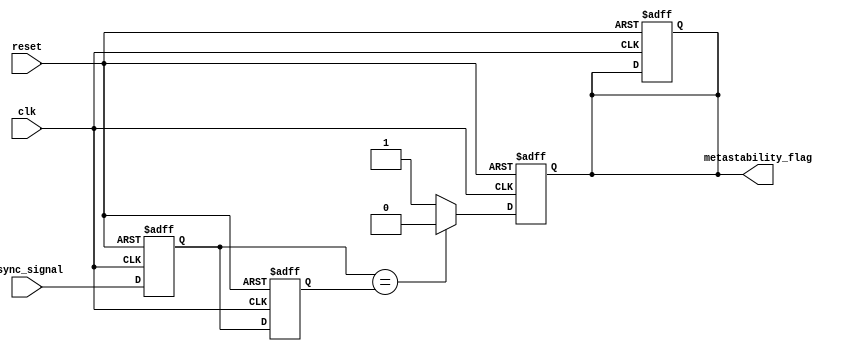
module metastability_detector (
    input wire async_signal,      // Incoming potentially metastable signal
    input wire clk,               // Stable clock signal
    input wire reset,             // Reset signal for the detector
    output reg metastability_flag  // Output flag indicating metastability
);

    // Parameters
    parameter integer STABILITY_CYCLES = 3;  // Number of cycles to observe stability

    // Internal signals
    reg latch1, latch2;
    reg [1:0] stable_count;  // Counter for stable condition check
    reg stable;              // Indicates if the outputs of latches are stable

    // Initial conditions
    initial begin
        latch1 = 1'b0;
        latch2 = 1'b0;
        metastability_flag = 1'b0;
        stable_count = 2'b00;
        stable = 1'b0;
    end

    // Latch sampling
    always @(posedge clk or posedge reset) begin
        if (reset) begin
            latch1 <= 1'b0;
            latch2 <= 1'b0;
            stable_count <= 2'b00;
            metastability_flag <= 1'b0;
            stable <= 1'b0;
        end else begin
            latch1 <= async_signal;   // Sample async signal
            latch2 <= latch1;         // Sample output of latch1
        end
    end

    // Stability check and metastability detection
    always @(posedge clk or posedge reset) begin
        if (reset) begin
            stable_count <= 2'b00;
            metastability_flag <= 1'b0;
            stable <= 1'b0;
        end else begin
            if (latch1 == latch2) begin
                // Outputs are the same, check for stability
                if (stable_count < STABILITY_CYCLES-1) begin
                    stable_count <= stable_count + 1;
                end else begin
                    stable <= 1'b1;  // Mark as stable
                end
                metastability_flag <= 1'b0;  // No metastability detected
            end else begin
                // Outputs are different, indicate metastability
                metastability_flag <= 1'b1;  // Metastability detected
                stable_count <= 2'b00;        // Reset count
                stable <= 1'b0;               // Mark as unstable
            end
        end
    end

endmodule